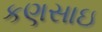
કણસાઇ